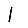
Digit: 1